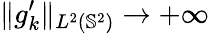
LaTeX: \| g_{k}^{\prime}\| _{L^{2}(\mathbb{S}^{2})}\rightarrow+\infty